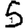
Digit: 5